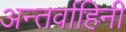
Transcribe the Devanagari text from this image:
अन्तर्वाहिनी